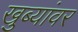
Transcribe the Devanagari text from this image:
खुब्यांवर